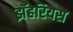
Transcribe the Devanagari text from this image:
झॅहरियस